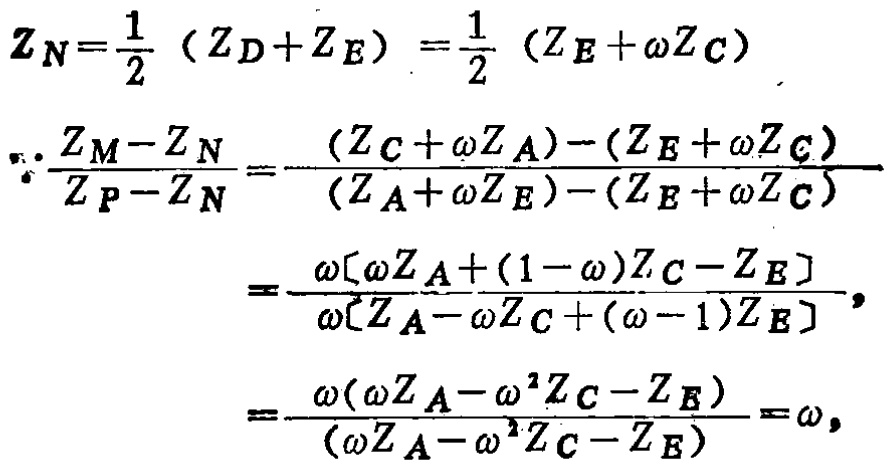
\[
\begin{align*}
Z_N&=\frac{1}{2}(Z_D + Z_E)=\frac{1}{2}(Z_E+\omega Z_C)\\
\therefore\frac{Z_M - Z_N}{Z_P - Z_N}&=\frac{(Z_C+\omega Z_A)-(Z_E+\omega Z_C)}{(Z_A+\omega Z_E)-(Z_E+\omega Z_C)}\\
&=\frac{\omega[\omega Z_A+(1 - \omega)Z_C - Z_E]}{\omega[Z_A-\omega Z_C+(\omega - 1)Z_E]}\\
&=\frac{\omega(\omega Z_A-\omega^2 Z_C - Z_E)}{(\omega Z_A-\omega^2 Z_C - Z_E)}=\omega,
\end{align*}
\]